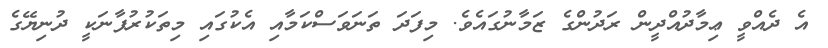
އެ ދެއްވީ ޢިމާދުއްދީން ރަދުންގެ ޒަމާނުގައެވެ. މިފަދަ ތަނަވަސްކަމާއި އެކުގައި މިތަކުރުފާނަކީ ދުނިޔޭގެ